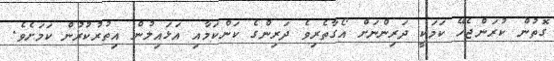
ގޮތުން ކުރަންޖެހޭ ކަމަކީ ދަރިންނަށް އޯގާތެރިވެ ދަރިންގެ ކަންކަމާއި އަޅައިލުން އިތުރުކުރުން ކަމަށެވެ.